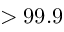
> 9 9 . 9